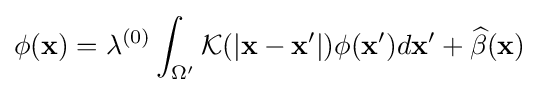
\phi ({\bf {x}})=\lambda ^{(0)}\int _{\Omega '}{\mathcal {K}}(|{\bf {x}}-{\bf {x}}'|)\phi ({\bf {x}}')d{\bf {x}}'+{\widehat {\beta }}({\bf {x}})